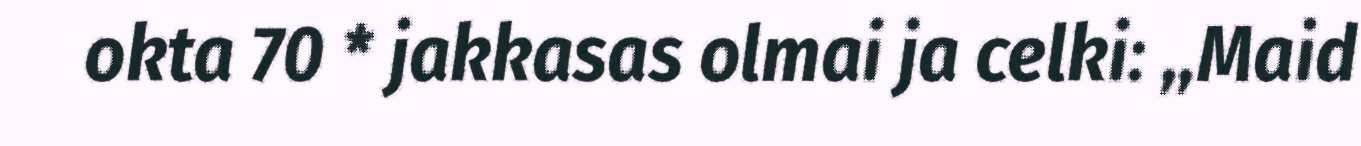
okta 70 * jakkasas olmai ja celki: ,,Maid